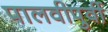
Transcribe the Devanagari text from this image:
पालवीपुर्वी